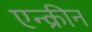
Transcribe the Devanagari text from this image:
एन्क्रीन